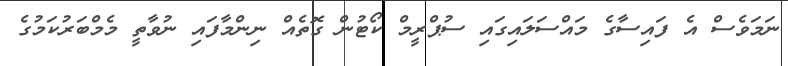
ނަމަވެސް އެ ފައިސާގެ މައްސަލައިގައި ސުޕްރީމް ކޯޓުން ގޮތެއް ނިންމާފައި ނުވާތީ މެމްބަރުކަމުގެ